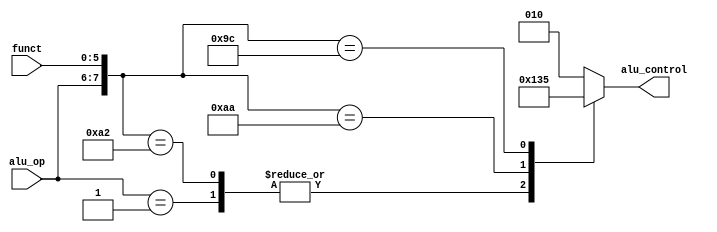
module ALU_decoder (
    input wire [1:0] alu_op,
    input wire [5:0] funct,
    output reg [2:0] alu_control
);
always @(*) begin
    casex ({alu_op,funct})
        8'b00_xxxxxx: alu_control=3'b010;
        8'b01_xxxxxx: alu_control=3'b100;
        8'b10_100000: alu_control=3'b010;
        8'b10_100010: alu_control=3'b100;
        8'b10_101010: alu_control=3'b110;
        8'b10_011100: alu_control=3'b101;
            /*case (funct)
                6'b100000: alu_control=3'b010;
                6'b100010: alu_control=3'b100;
                6'b101010: alu_control=3'b110;
                6'b011100: alu_control=3'b101;
                default: alu_control=3'b010;
            endcase*/
        default: alu_control=3'b010; 
    endcase
    
end
    
endmodule